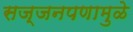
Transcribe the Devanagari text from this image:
सज्जनपणामुळे